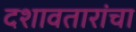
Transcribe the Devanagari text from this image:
दशावतारांचा